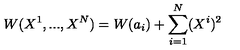
W ( X ^ { 1 } , . . . , X ^ { N } ) = W ( a _ { i } ) + \sum _ { i = 1 } ^ { N } ( X ^ { i } ) ^ { 2 }